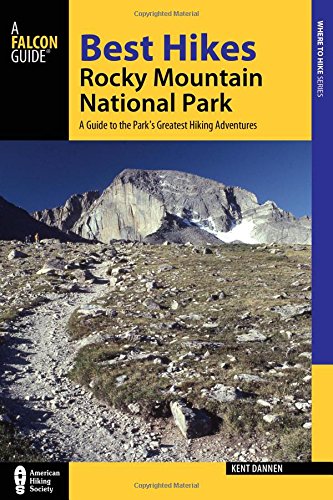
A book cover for Best Hikes Rocky Mountain National Park: A Guide to the Park's Greatest Hiking Adventures (Regional Hiking Series); Kent Dannen; Travel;